Annual report of the Punjab Veterinary College and of the Civil Veterinary Department, Punjab - 1909-1919
Year: 1909
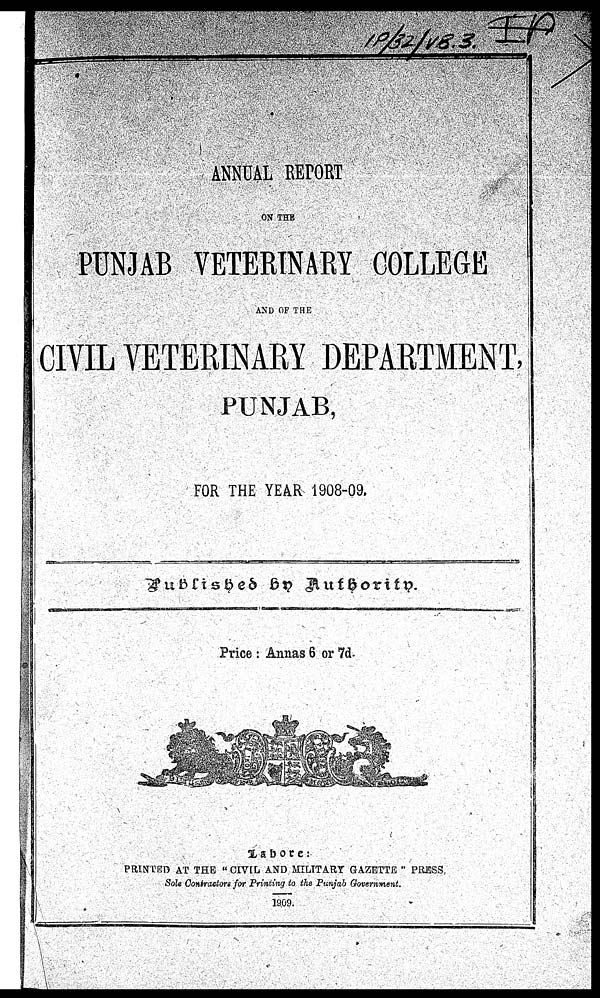
ANNUAL REPORT
ON THE
PUNJAB VETERINARY COLLEGE
AND OF THE
CIVIL VETERINARY DEPARTMENT,
PUNJAB,
FOR THE YEAR 1908-09.
Published by Authority.
Price: Annas 6 or 7d.
Labore:
PRINTED AT THE "CIVIL AND MILITARY GAZETTE" PRESS
Sole Contractors for Printing to the Punjab Government.
1909.